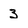
Character: 3